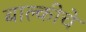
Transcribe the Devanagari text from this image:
बाल्कीचे